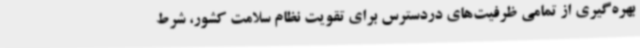
بهره‌گیری از تمامی ظرفیت‌های دردسترس برای تقویت نظام سلامت کشور، شرط